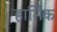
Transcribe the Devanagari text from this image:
हार्मिक